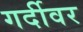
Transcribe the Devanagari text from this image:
गर्दीवर